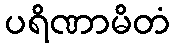
ပရိဏာမိတံ